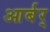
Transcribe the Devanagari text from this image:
आर्बर्